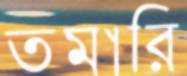
তমারি